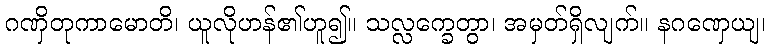
ဂဏှိတုကာမောတိ၊ ယူလိုဟန်၏ဟူ၍။ သလ္လက္ခေတွာ၊ အမှတ်ရှိလျက်။ နဂဏှေယျ၊